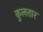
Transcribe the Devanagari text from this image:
कुलतार